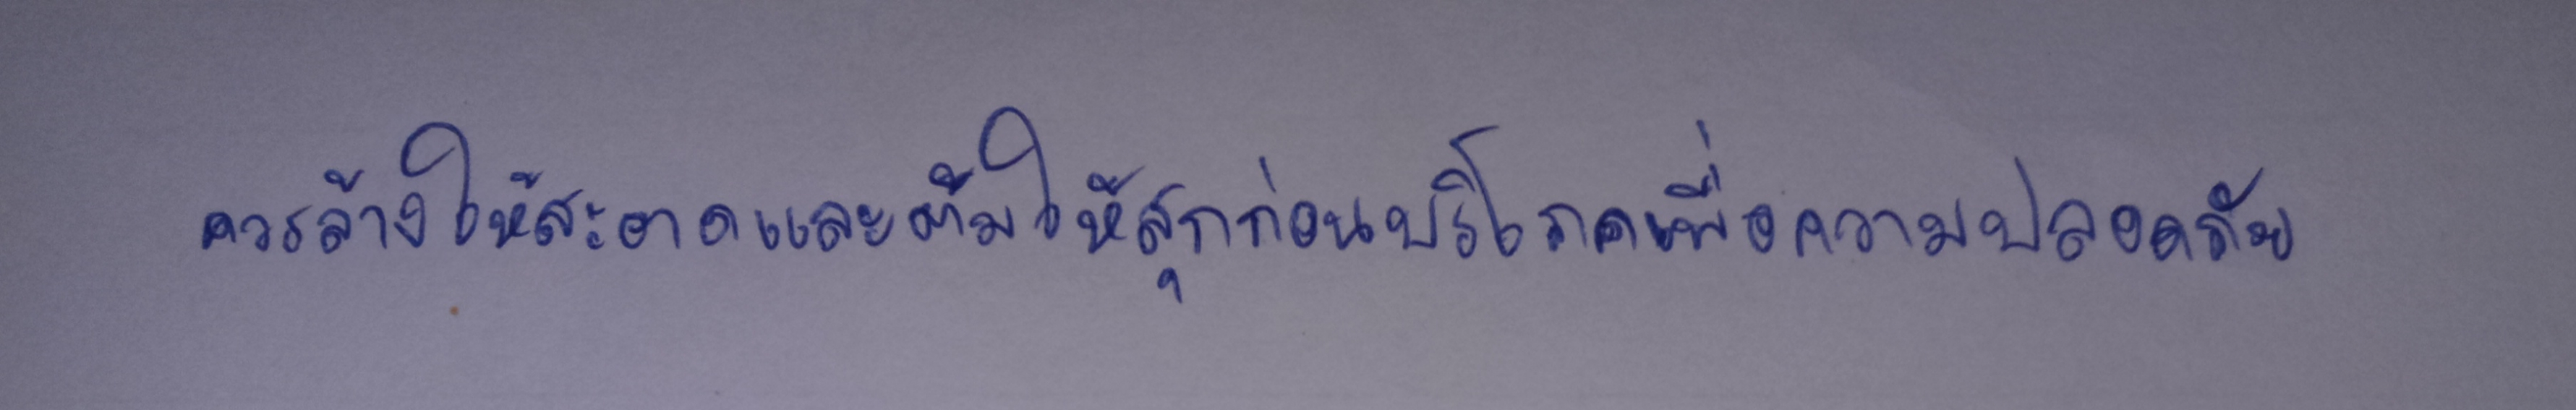
ควรล้างให้สะอาดและต้มให้สุกก่อนบริโภคเพื่อความปลอดภัย